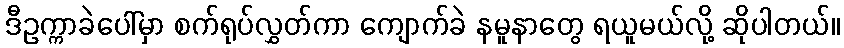
ဒီဥက္ကာခဲပေါ်မှာ စက်ရုပ်လွှတ်ကာ ကျောက်ခဲ နမူနာတွေ ရယူမယ်လို့ ဆိုပါတယ်။